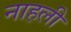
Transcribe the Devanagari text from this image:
नाहली